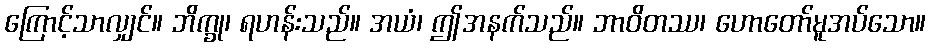
ကြောင့်သာလျှင်။ ဘိက္ခု၊ ရဟန်းသည်။ အယံ၊ ဤအနက်သည်။ ဘာဝိတဿ၊ ဟောတော်မူအပ်သော။